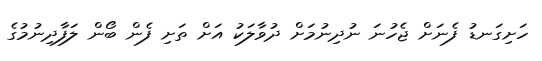
ހަށިގަނޑު ފެނަށް ޖެހުނަ ނުދިނުމަށް ދުވާލަކު އަށް ތަށި ފެން ބޯން ލަފާދިނުމުގެ